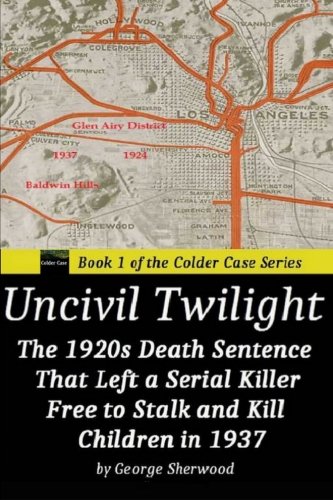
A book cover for Uncivil Twilight: The 1920s Death Sentence  that Left a Serial Killer Free to Stalk and Kill Children in 1937 (Colder Case); George Sherwood; Law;